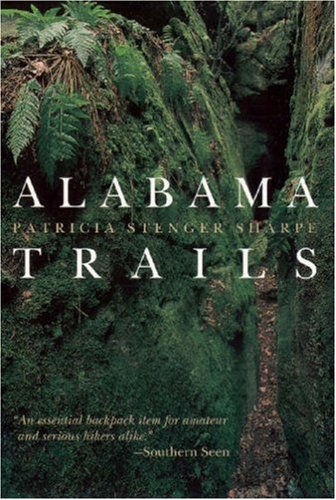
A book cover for Alabama Trails; Patricia Stenger Sharpe; Travel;